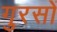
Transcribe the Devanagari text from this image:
गुरसों